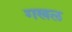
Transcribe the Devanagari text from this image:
गखल